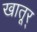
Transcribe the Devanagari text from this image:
खातूर्